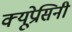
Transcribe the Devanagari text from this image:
क्यूप्रेसिनी